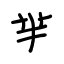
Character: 芈